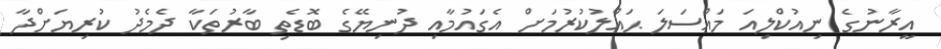
އީރާނުގެ ނިއުކްލިއަ މައްސަލަ ޙައްލުކުރުމަށް އެގައުމާއި ދުނިޔޭގެ ބޮޑެތި ބާރުތަކާ ދެމެދު ކުރިޔަށްދާ